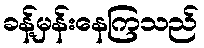
ခန့်မှန်းနေကြသည်